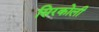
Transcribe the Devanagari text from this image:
सिरकोली